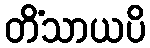
တိံသာယပိ